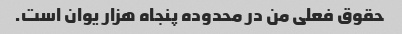
حقوق فعلی من در محدوده پنجاه هزار یوان است.